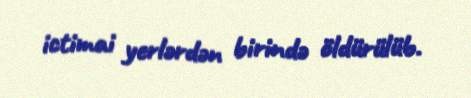
ictimai yerlərdən birində öldürülüb.